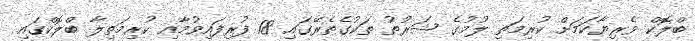
ބްލޮކް ވެރިޔާކަމަށް ކުރިމަތި ލުމުގެ ޝަރުތު ތަކުގެތެރޭގައި 18 ފުރިފައިވުމާއި ކުރިމަތިލާ ބްލޮކްގައި